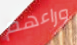
وراءهم